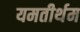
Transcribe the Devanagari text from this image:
यमतीर्थम